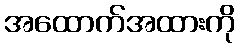
အထောက်အထားကို